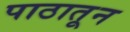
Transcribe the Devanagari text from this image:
पाठातून